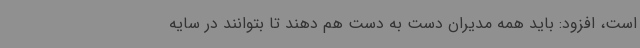
است، افزود: باید همه مدیران دست به دست هم دهند تا بتوانند در سایه